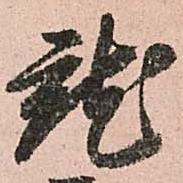
就